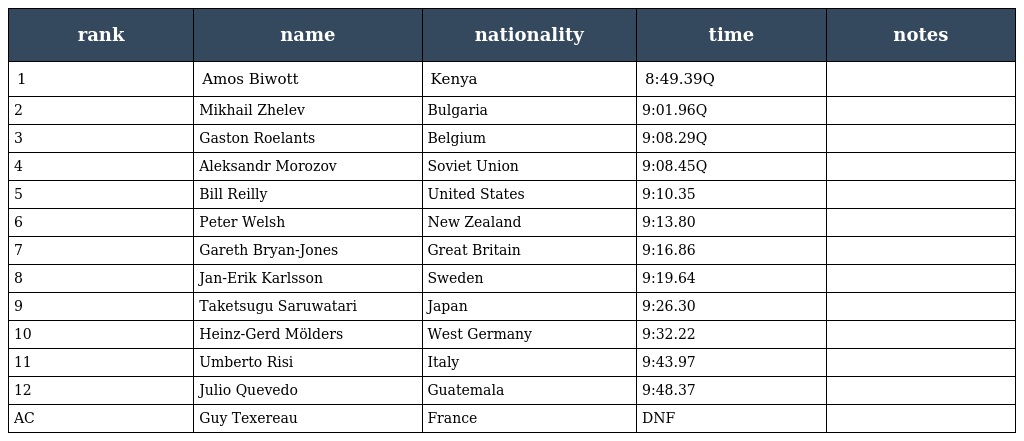
| rank | name | nationality | time | notes |
 | --- | --- | --- | --- | --- |
 | 1 | Amos Biwott | Kenya | 8:49.39Q |  |
 | 2 | Mikhail Zhelev | Bulgaria | 9:01.96Q |  |
 | 3 | Gaston Roelants | Belgium | 9:08.29Q |  |
 | 4 | Aleksandr Morozov | Soviet Union | 9:08.45Q |  |
 | 5 | Bill Reilly | United States | 9:10.35 |  |
 | 6 | Peter Welsh | New Zealand | 9:13.80 |  |
 | 7 | Gareth Bryan-Jones | Great Britain | 9:16.86 |  |
 | 8 | Jan-Erik Karlsson | Sweden | 9:19.64 |  |
 | 9 | Taketsugu Saruwatari | Japan | 9:26.30 |  |
 | 10 | Heinz-Gerd Mölders | West Germany | 9:32.22 |  |
 | 11 | Umberto Risi | Italy | 9:43.97 |  |
 | 12 | Julio Quevedo | Guatemala | 9:48.37 |  |
 | AC | Guy Texereau | France | DNF |  |